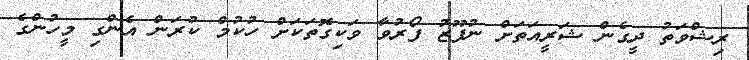
ރިޝްވަތު ދީގެން ޝަރީއަތަށް ނުފޫޒު ފޯރުވާ ވަކިގޮތަކަށް ހުކުމް ކުރަން އެންގި މީހުންގެ